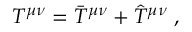
T ^ { \mu \nu } = \bar { T } ^ { \mu \nu } + \hat { T } ^ { \mu \nu } \; ,